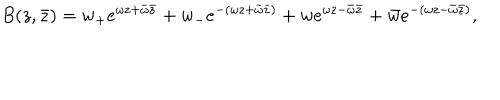
B ( z , \bar { z } ) = w _ { + } e ^ { \omega z + \bar { \omega } \bar { z } } + w _ { - } e ^ { - \left( \omega z + \bar { \omega } \bar { z } \right) } + w e ^ { \omega z - \bar { \omega } \bar { z } } + \bar { w } e ^ { - \left( \omega z - \bar { \omega } \bar { z } \right) } ,